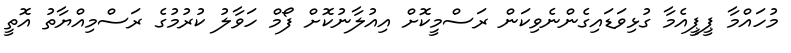
މުހައްމާ ޕީޕީއެމާ ގުޅިވަޑައިގެންނެވިކަން ރަސްމީކޮށް އިއުލާނުކޮށް ފޯމް ހަވާލު ކުރުމުގެ ރަސްމިއްޔާތު އޮތީ